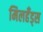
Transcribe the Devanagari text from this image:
मिलहँड्‌स